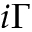
i \Gamma